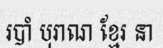
របាំ បុរាណ ខ្មែរ នា